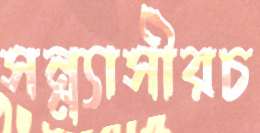
সন্ন্যাসীরচ